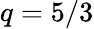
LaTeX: q=5/3